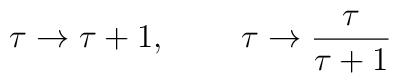
\tau \rightarrow \tau +1,\;\;\;\;\;\;\;\; \tau\rightarrow \frac{\tau}{\tau +1}